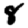
Digit: 8